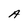
Character: A